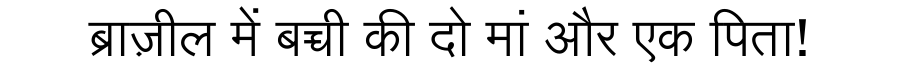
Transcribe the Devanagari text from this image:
ब्राज़ील में बच्ची की दो मां और एक पिता!